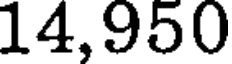
14,950